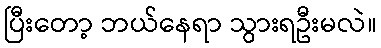
ပြီးတော့ ဘယ်နေရာ သွားရဦးမလဲ။